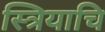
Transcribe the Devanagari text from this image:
स्त्रियाचि